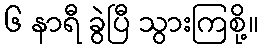
၆ နာရီ ခွဲပြီ သွားကြစို့။